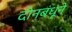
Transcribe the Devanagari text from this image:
दीनबंधूने